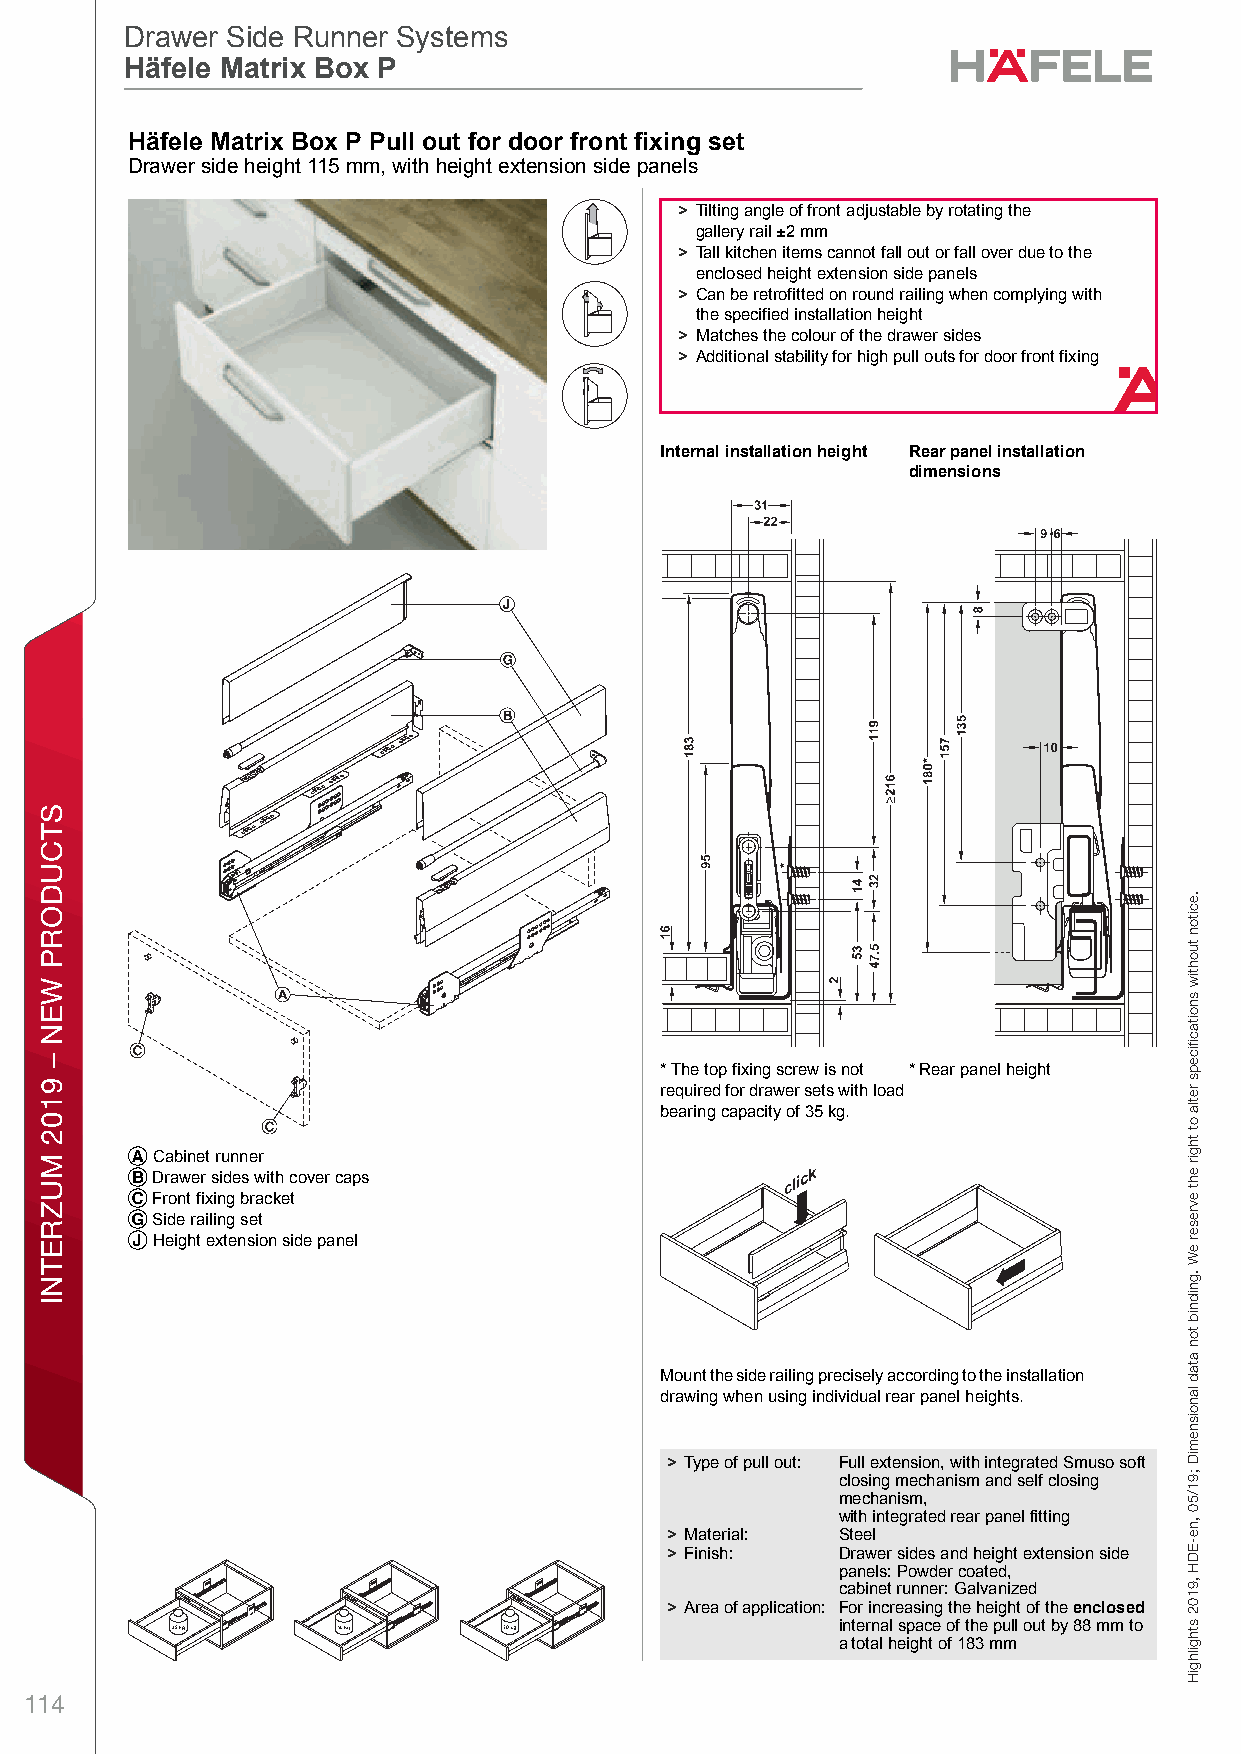
ff19_int_en_08_030.fm Page 30 Thursday, May 2, 2019 11:40 AM
 Drawer Side Runner Systems
 Drawer Side Runner Systems
 Häfele Matrix Box P
 Häfele Matrix Box P
 DHrawer anäd Pull Ofut foer Door lFronet Fixing DraMwer Side Raunner StystermsHiäfelex Matrix BoxB P – / Plaonning axnd Cons trucPtionDime nsiPonal datau not bindling.l We resoerve theu right to talter spefcificoations writhou t notdice. oor front fixing set
 Drawer side height 115 mm, with height extension side panels
 > Tilting angle of front adjustable by rotating the
 gallery rail ±2 mm
 > Tall kitchen items cannot fall out or fall over due to the
 enclosed height extension side panels
 > Can be retrofitted on round railing when complying with
 the specified installation height
 > Matches the colour of the drawer sides
 > Additional stability for high pull outs for door front fixing
 Internal installation height Rear panel installation
 dimensions
 8
 * The top fixing screw is not * Rear panel height
 required for drawer sets with load
 bearing capacity of 35 kg.
 A Cabinet runner
 B Drawer sides with cover caps
 C Front fixing bracket
 G Side railing set
 J Height extension side panel
 Mount the side railing precisely according to the installation
 drawing when using individual rear panel heights.
 > Type of pull out: Full extension, with integrated Smuso soft
 closing mechanism and self closing
 mechanism,
 with integrated rear panel fitting
 > Material: Steel
 > Finish:  Drawer sides and height extension side
 panels: Powder coated,
 cabinet runner: Galvanized
 > Area of application: For increasing the height of the enclosed
 internal space of the pull out by 88 mm to
 a total height of 183 mm
 114
 STCUDORP
 WEN
 –
 9102
 MUZRETNI
 gnixiF
 tnorF
 rooD
 rof
 tuO
 lluP
 dna
 rewarD
 .eciton
 tuohtiw
 snoitacfiiceps
 retla
 ot
 thgir
 eht
 evreser
 eW
 .gnidnib
 ton
 atad
 lanoisnemiD
 ;91/50
 ,ne-EDH
 ,9102
 sthgilhgiH